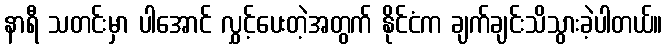
နာရီ သတင်းမှာ ပါအောင် လွှင့်ပေးတဲ့အတွက် နိုင်ငံက ချက်ချင်းသိသွားခဲ့ပါတယ်။